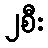
၂စီး